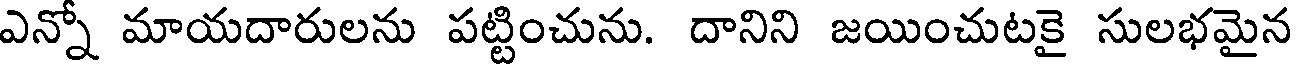
ఎన్నో మాయదారులను పట్టించును. దానిని జయించుటకై సులభమైన